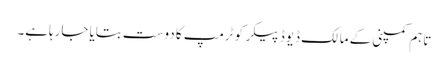
تاہم کمپنی کے مالک ڈیوڈ پیکر کو ٹرمپ کا دوست بتایا جارہاہے۔